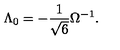
\Lambda _ { 0 } = - \frac { 1 } { \sqrt { 6 } } \Omega ^ { - 1 } .